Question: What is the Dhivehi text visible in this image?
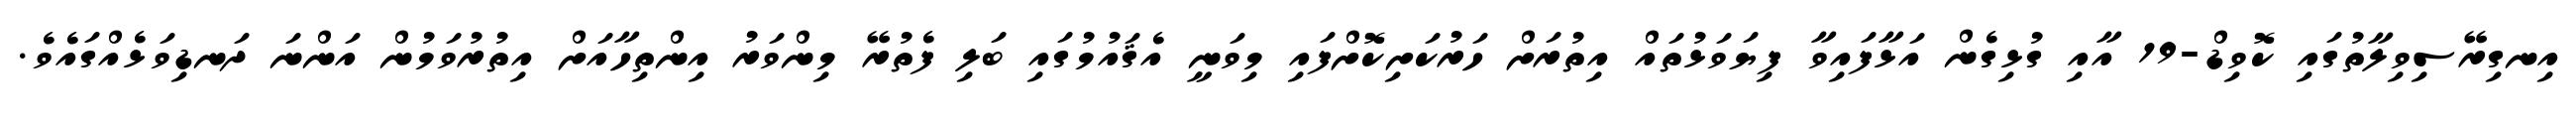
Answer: އިނގިރޭސިވިލާތުގައި ކޮވިޑް-19 އާއި ގުޅިގެން އަޅާފައިވާ ފިޔަވަޅުތައް އިތުރަށް ހަރުކަށިކޮށްފައި މިވަނީ އެޤައުމުގައި ބަލި ފެތުރޭ މިންވަރު އިންތިހާއަށް އިތުރުވަމުން އަންނަ ދަނޑިވަޅެއްގައެވެ.